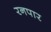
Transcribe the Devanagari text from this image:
रनपार